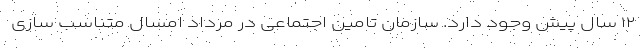
۱۲ سال پیش وجود دارد. سازمان تامین اجتماعی در مرداد امسال متناسب سازی